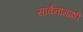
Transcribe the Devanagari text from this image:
सार्वनामाशी